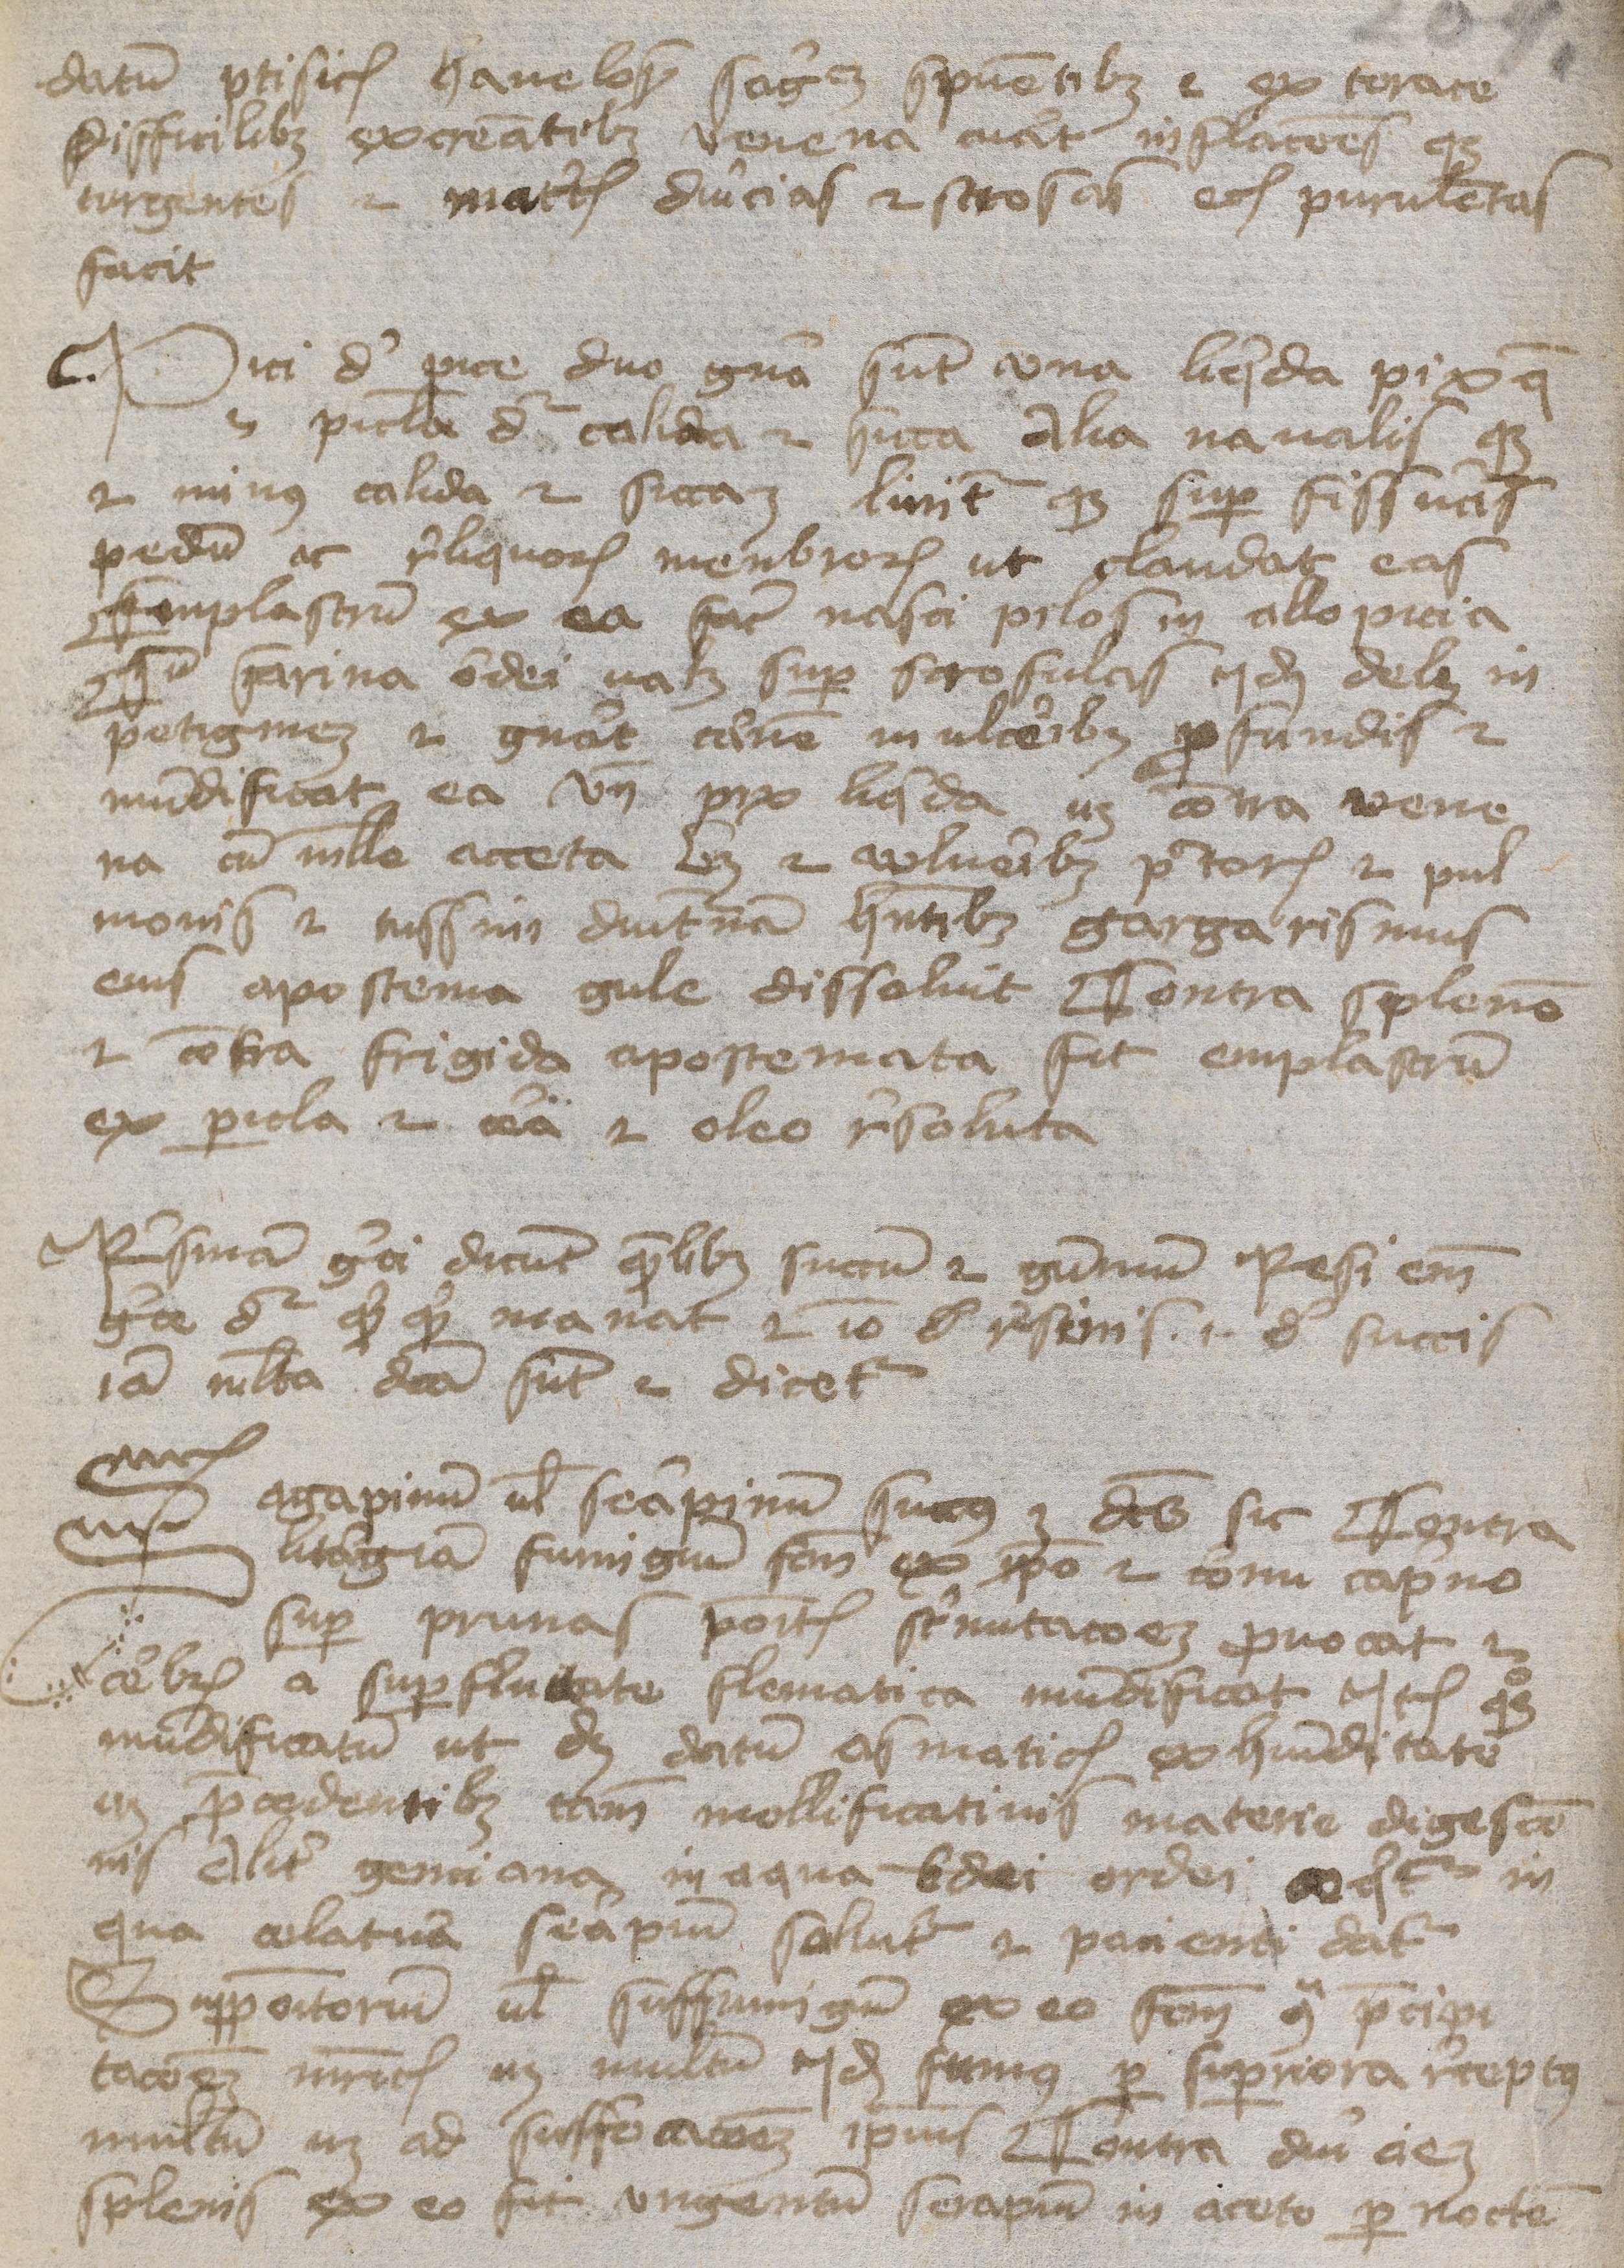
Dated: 1400–1424